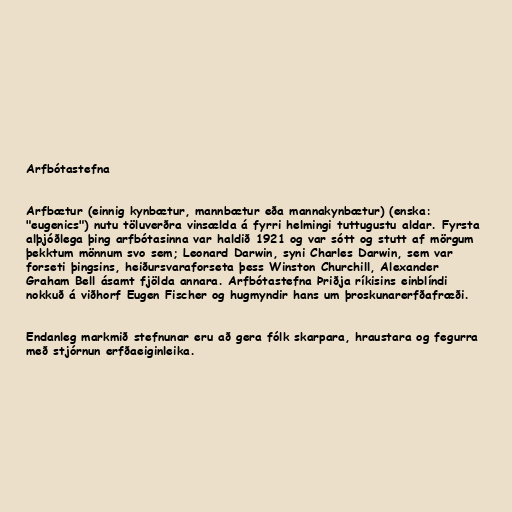
Arfbótastefna

Arfbætur (einnig kynbætur, mannbætur eða mannakynbætur) (enska:
"eugenics") nutu töluverðra vinsælda á fyrri helmingi tuttugustu aldar. Fyrsta
alþjóðlega þing arfbótasinna var haldið 1921 og var sótt og stutt af mörgum
þekktum mönnum svo sem; Leonard Darwin, syni Charles Darwin, sem var
forseti þingsins, heiðursvaraforseta þess Winston Churchill, Alexander
Graham Bell ásamt fjölda annara. Arfbótastefna Þriðja ríkisins einblíndi
nokkuð á viðhorf Eugen Fischer og hugmyndir hans um þroskunarerfðafræði.

Endanleg markmið stefnunar eru að gera fólk skarpara, hraustara og fegurra
með stjórnun erfðaeiginleika.